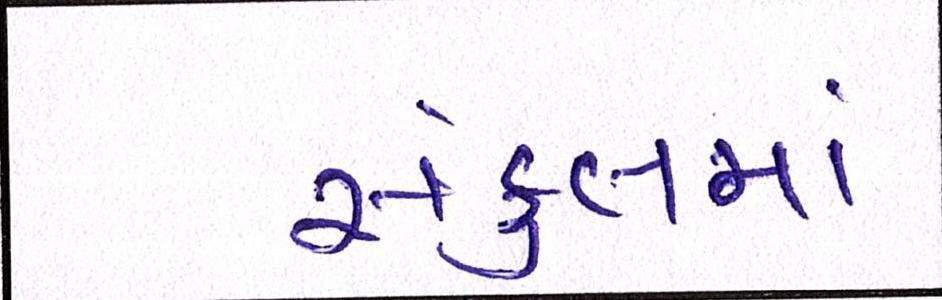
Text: સંકુલમાં